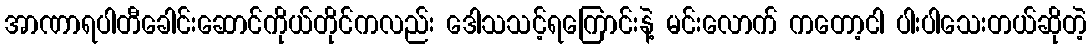
အာဏာရပါတီခေါင်းဆောင်ကိုယ်တိုင်ကလည်း ဒေါသသင့်ရကြောင်းနဲ့ မင်းလောက် ကတော့ငါ ပါးပါသေးတယ်ဆိုတဲ့